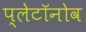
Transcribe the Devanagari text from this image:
प्लेटॉनोव